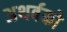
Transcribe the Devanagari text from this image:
अथर्वको